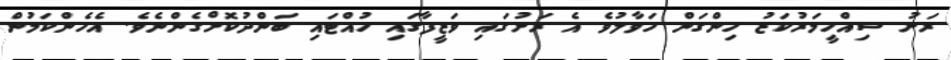
ރަށު ސިއްހީމަރުކަޒު ހިންގަން ހަވާލުވެ އެ ރަށުގައި ވަޒީފާގައި ހުއްޓައި ބަންދުކޮށްގެންނެވެ. އެހެންކަމުން